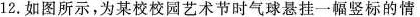
12.如图所示，为某校校园艺术节时气球悬挂一幅竖标的情